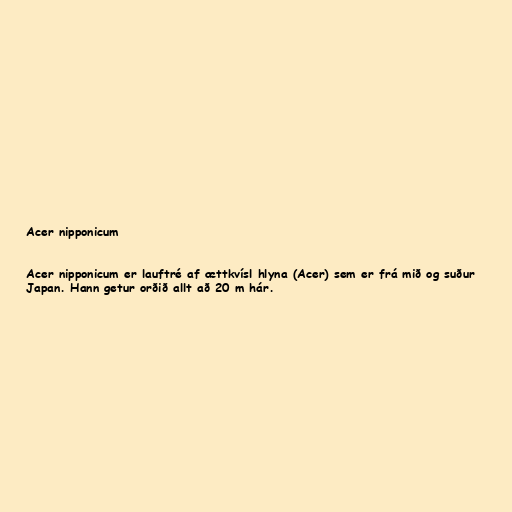
Acer nipponicum

Acer nipponicum er lauftré af ættkvísl hlyna (Acer) sem er frá mið og suður
Japan. Hann getur orðið allt að 20 m hár.